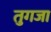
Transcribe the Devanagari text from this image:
तुगजा